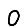
Digit: 0